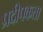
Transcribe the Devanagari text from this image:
प्रदीपकता